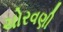
ચોરવણી